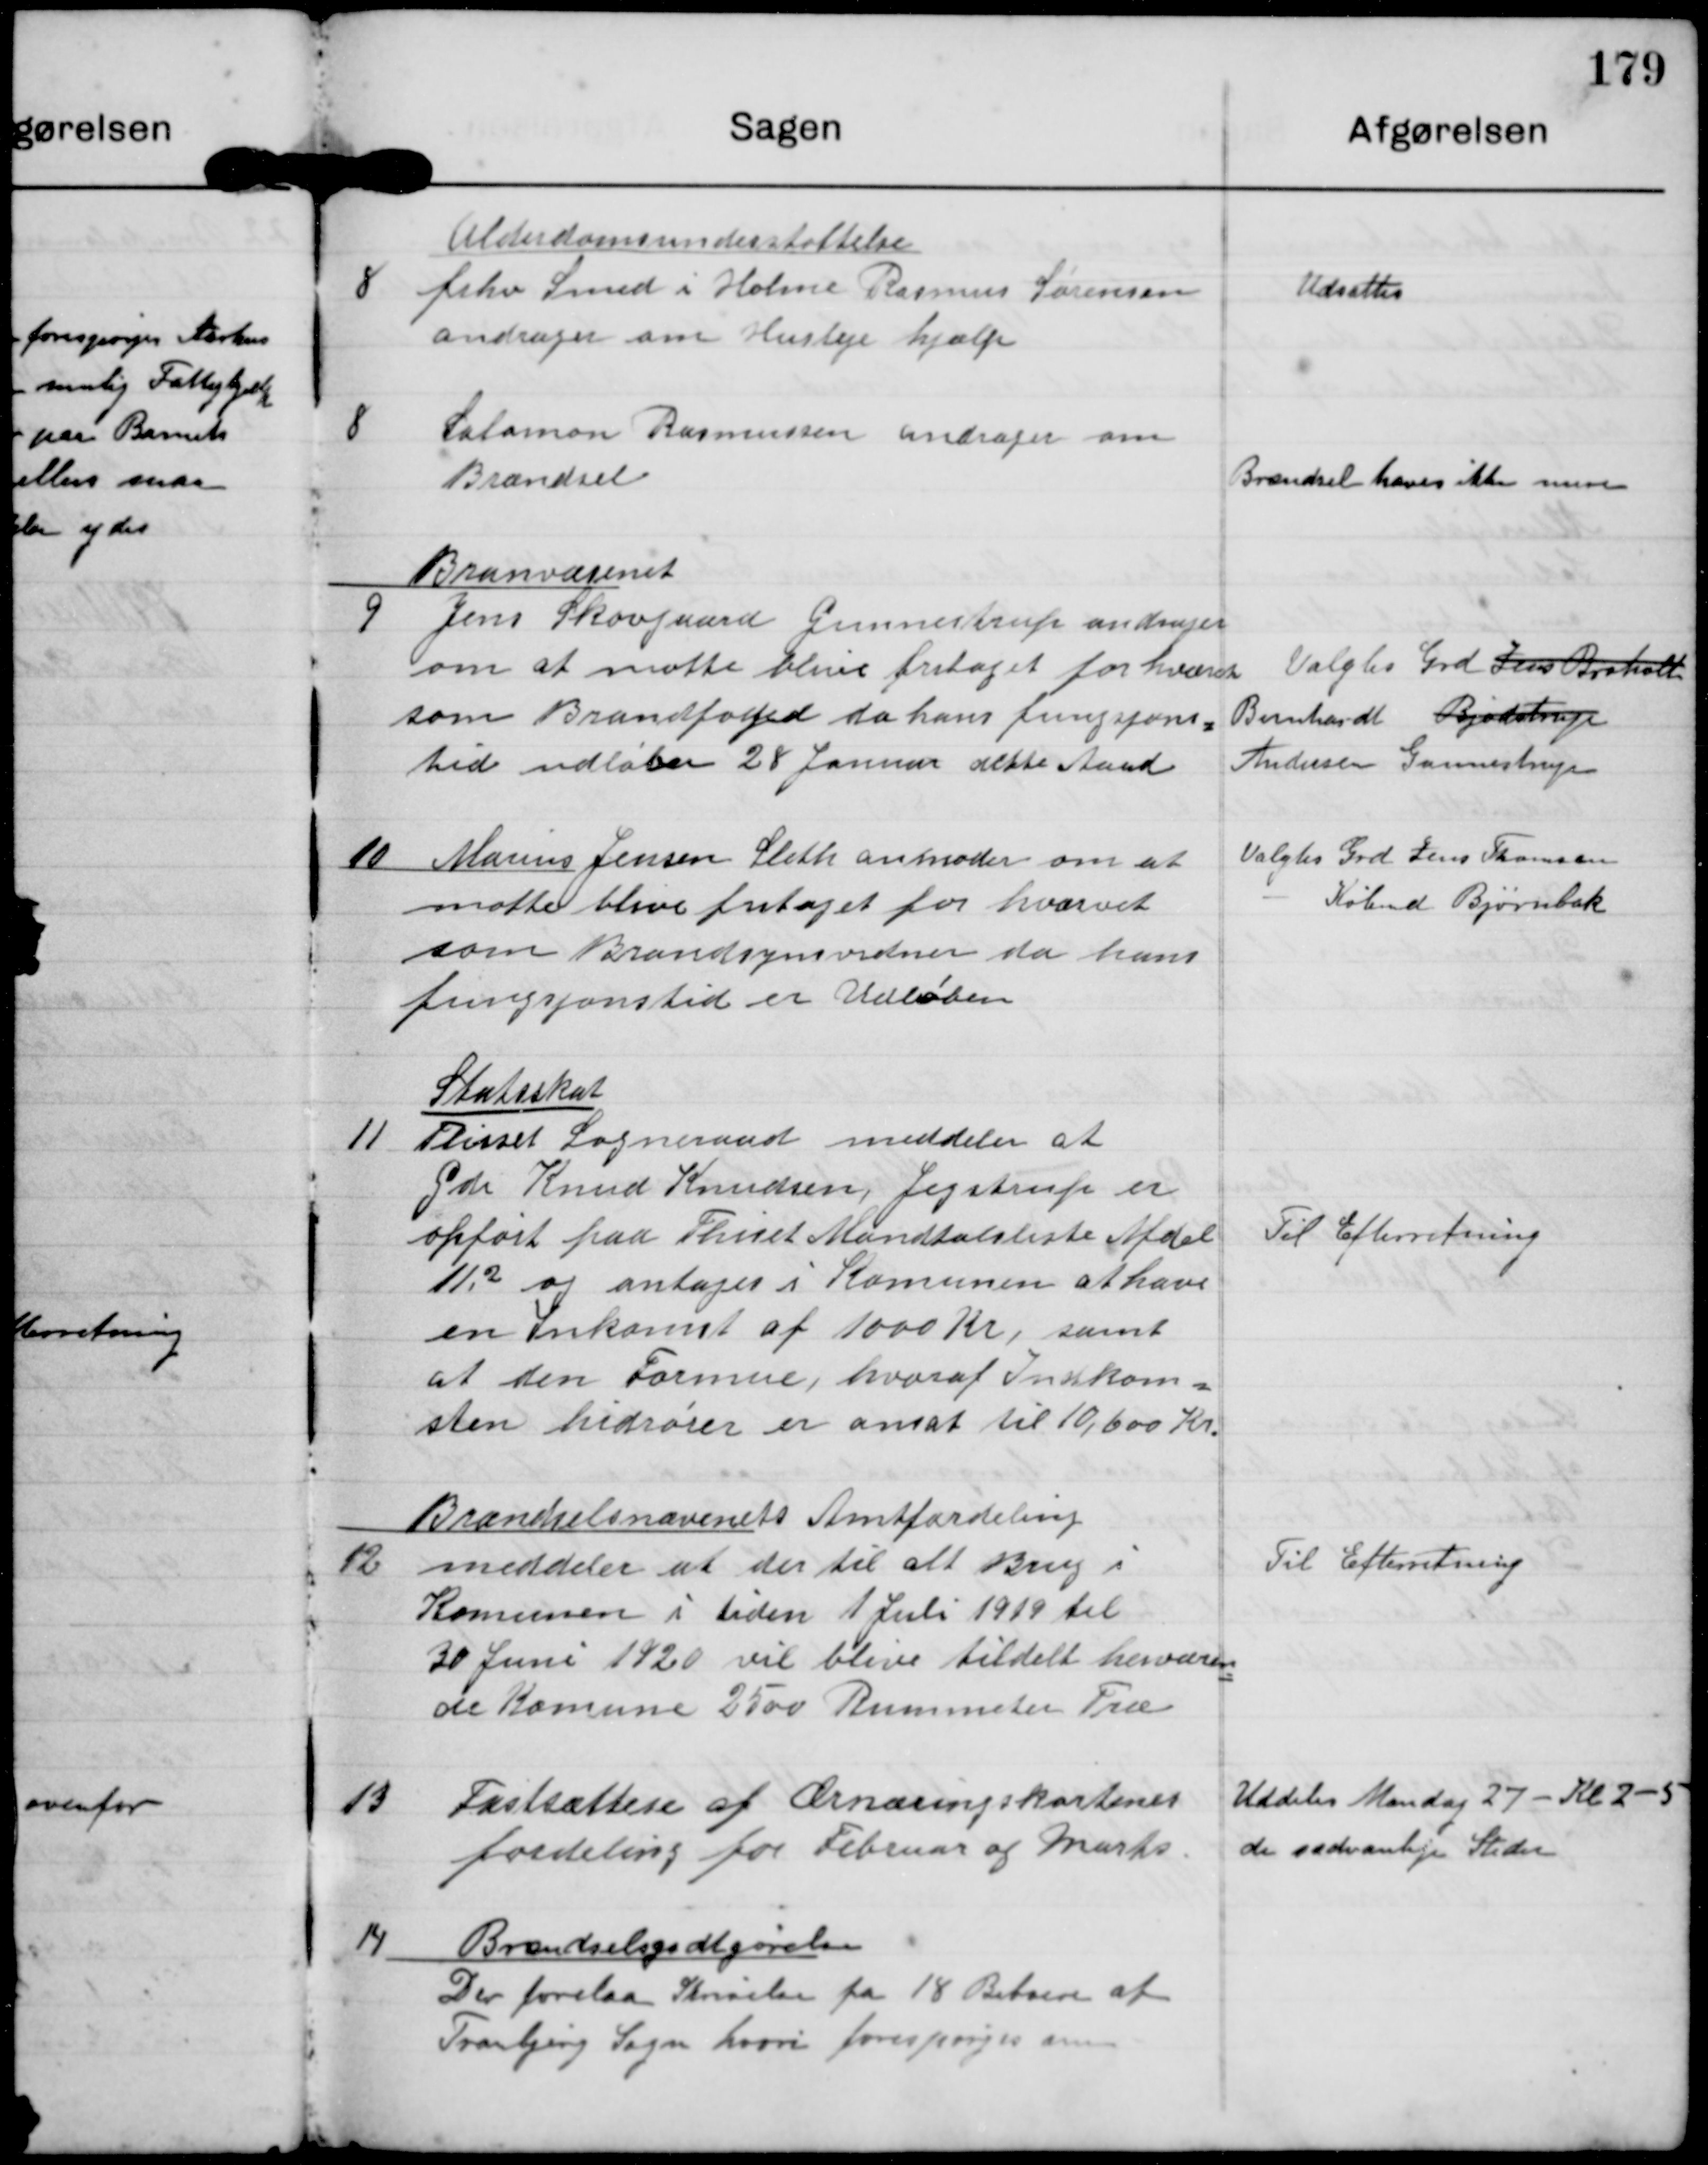
Transskription:
8

Alderdomsunderstøttelse
frhv Smed i Holme Rasmus Sørensen
andrag om Huslej hjælp

Udsattes

8

Salomon Rasmussen andrag om
Brændsel

Brændsel have ikke mere

Branvæsenet
9 Jens Skovgaard Gunnestrup andrager
om at måtte blive fritaget for hvervet
som Brandfoged, da hans fungsjons-
tid udløber 28 Januar dette Aaret.

Valgtes Grd Jens Broholt
Bernhardt Bjødstrup
Andersen Gunnestrup

10 Marius Jensen Sleth anmoder om at
matte blive fritaget for hvervet
som Brandsynsvidner da hans
fungsjonstid er Udløben

Valgtes Grd. Jens Thomsen
Købmd Bjørnbak

11

Statsskat
Thisset Sogneraad meddeler at
Gdr Knud Knudsen, Jegstrup er
opført paa Thiset Mandtalsliste Afdel
11.2 og antages i Komunen at have
en Inkomst af 1000 Kr, samt
at den Formue, hvoraf Indkom-
sten hidrører er ansat til 10,600 Kr.

Til Efterretning

12

Brændselsnævenets Amtfordeling
meddeler at der til alt. Brug i
Komunen i tiden 1 Juli 1919 til
30 Juni 1920 vil blive tildelt herværen-
de Komune 2500 Rummeter Træ

Til Efterretning

13

Fastsættelse af Ærnæringskortenes
fordeling for Februar og Marts

Uddeles Mandag 27 Kl 2-5
de sædvanlige Steder

14

Brændselsgodtgørelse
Der forelaa Skrivelse fra 18 Beboere af
Tranbjerg sogn hvori forespørges om